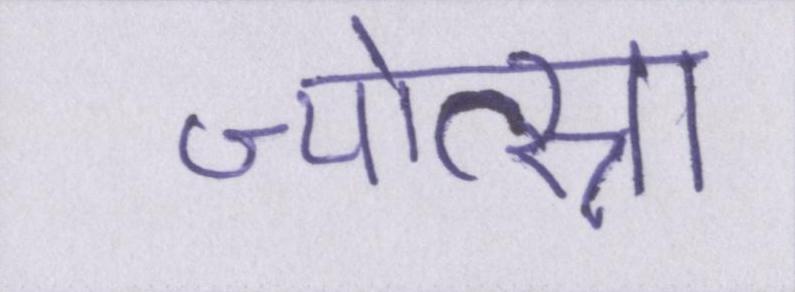
ज्योत्स्ना